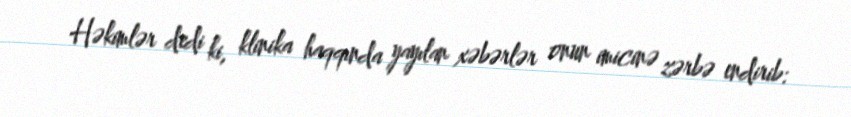
Həkimlər dedi ki, klinika haqqında yayılan xəbərlər onun imicinə zərbə endirib: